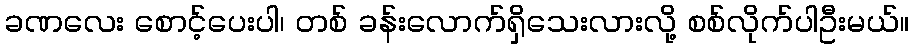
ခဏလေး စောင့်ပေးပါ၊ တစ် ခန်းလောက်ရှိသေးလားလို့ စစ်လိုက်ပါဦးမယ်။